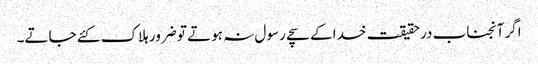
اگر آنجناب درحقیقت خدا کے سچے رسول نہ ہوتے تو ضرور ہلاک کئے جاتے۔